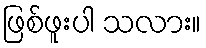
ဖြစ်ဖူးပါ သလား။